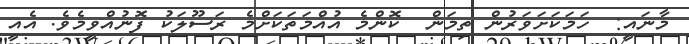
މާނައީ:  ހަމަކަށަވަރުން ތިމަން  ކޮންމެ އުއްމަތަކަށްމެ ރަސޫލަކު ފޮނުއްވީމެވެ. އެއީ